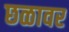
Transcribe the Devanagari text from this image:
छळावर